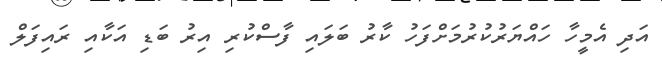
އަދި އެމީހާ ހައްޔަރުކުރުމަށްފަހު ކާރު ބަލައި ފާސްކުރި އިރު ބަޑި އަކާއި ރައިފަލް